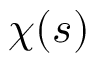
\chi ( s )